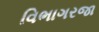
વિભાગરજા